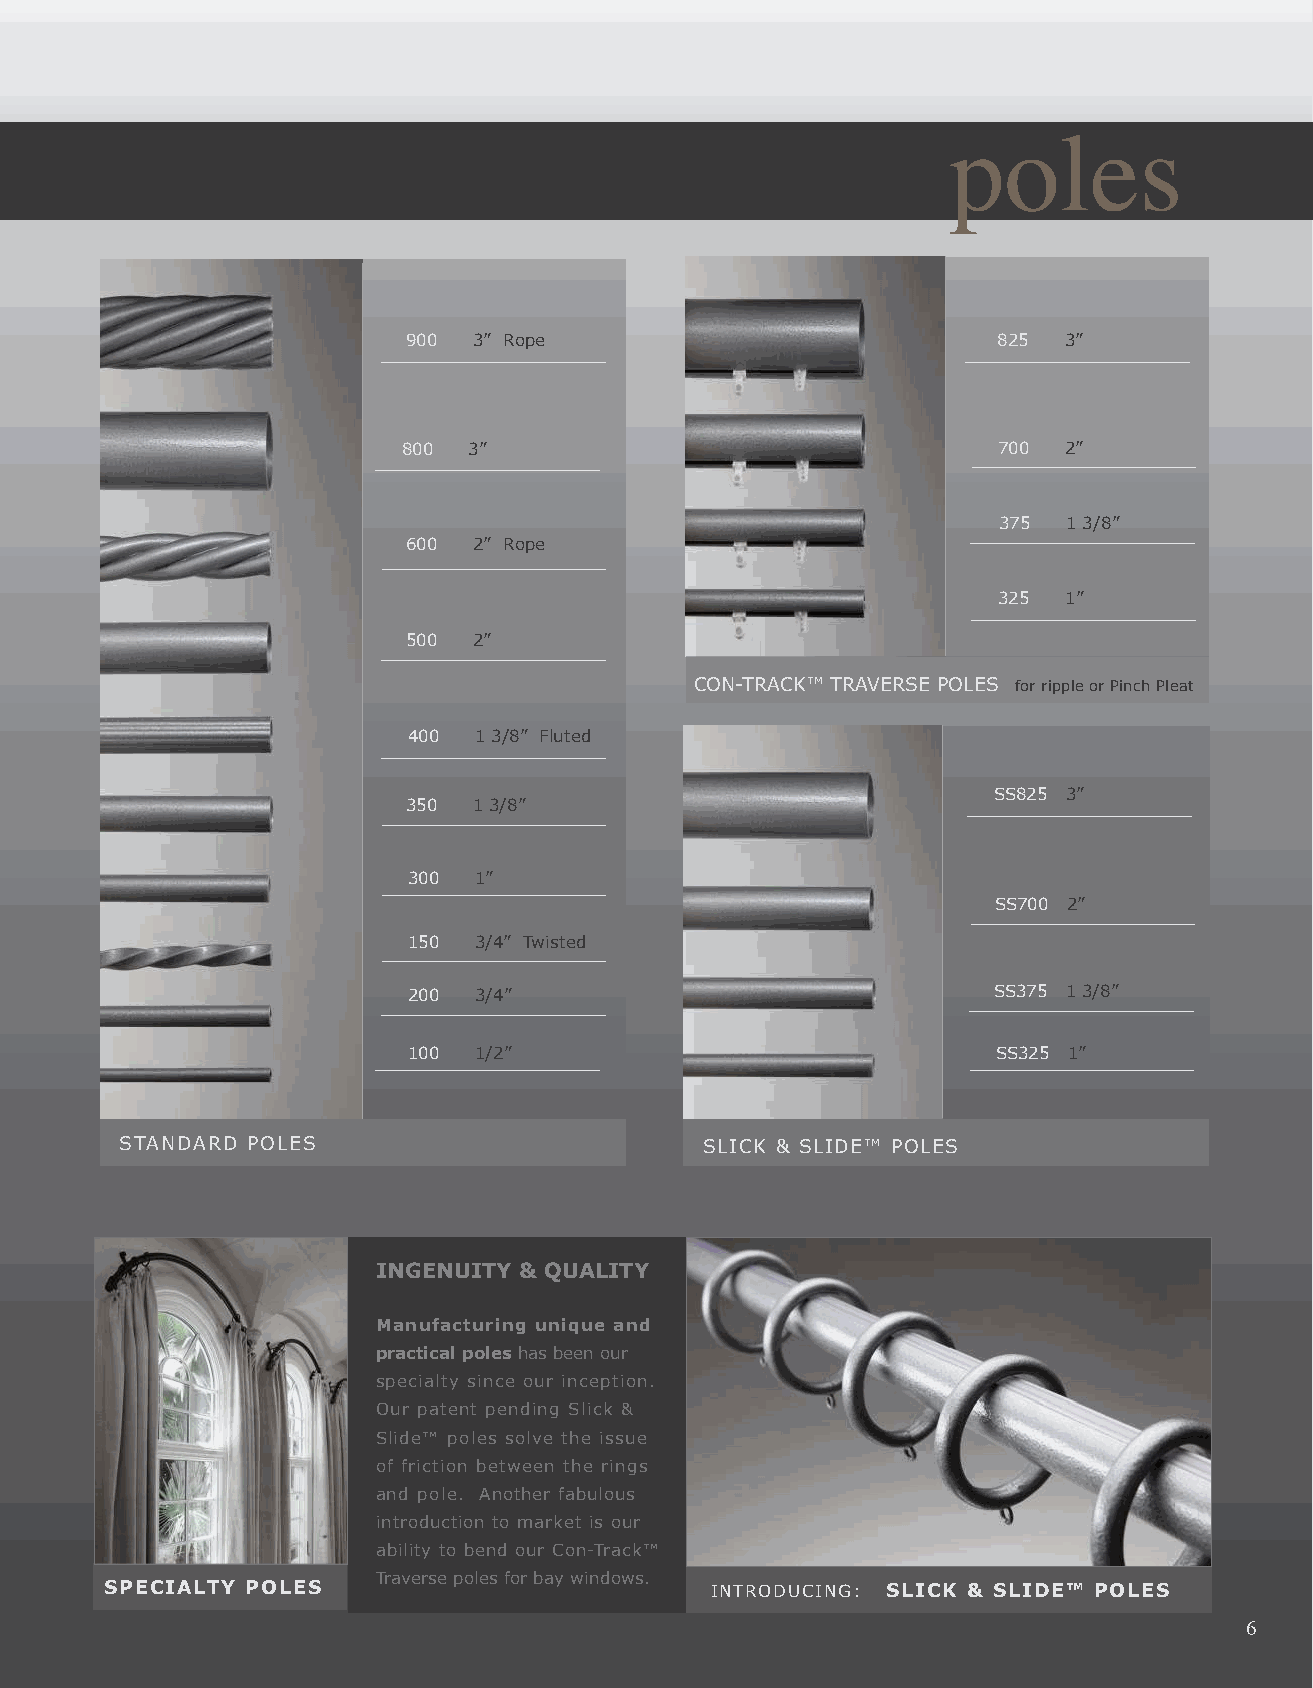
finials                                                        poles
 900 3” Rope                            825 3”
 800 3”                                 700  2”
 375  1 3/8”
 600 2” Rope
 325  1”
 500 2”
 CON-TRACK™ TRAVERSE POLES for ripple or Pinch Pleat
 400 1 3/8” Fluted
 SS825 3”
 350 1 3/8”
 300 1”
 SS700 2”
 150 3/4” Twisted
 200 3/4”                               SS375 1 3/8”
 100 1/2”                               SS325 1”
 STANDARD POLES                         SLICK & SLIDE™ POLES
 INGENUITY & QUALITY
 Manufacturing unique and
 practical poles has been our
 specialty since our inception.
 Our patent pending Slick &
 Slide™ poles solve the issue
 of friction between the rings
 and pole. Another fabulous
 introduction to market is our
 ability to bend our Con-Track™
 Traverse poles for bay windows.
 CYLCAP Cylinder BM SPECIALTY POLES             INTRODUCING: SLICK & SLIDE™ POLES
 7
 6